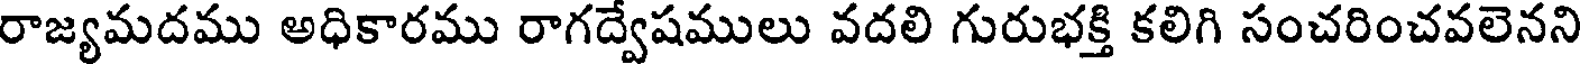
రాజ్యమదము అధికారము రాగద్వేషములు వదలి గురుభక్తి కలిగి సంచరించవలెనని